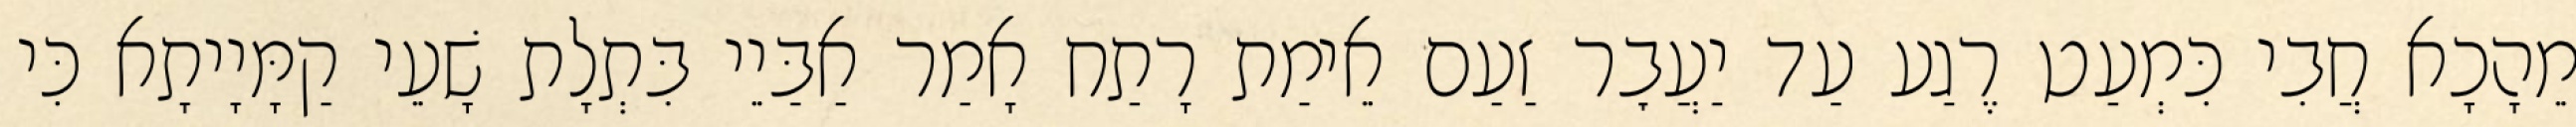
מֵהָכָא חֲבִי כִּמְעַט רֶגַע עַד יַעֲבׇר זַעַם אֵימַת רָתַח אָמַר אַבַּיֵי בִּתְלָת שָׁעֵי קַמָּיָיתָא כִּי